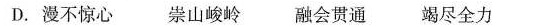
D.漫不惊心 崇山峻岭融会贯通竭尽全力